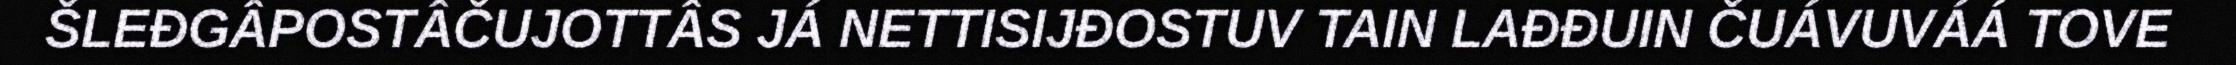
ŠLEĐGÂPOSTÂČUJOTTÂS JÁ NETTISIJĐOSTUV TAIN LAĐĐUIN ČUÁVUVÁÁ TOVE